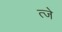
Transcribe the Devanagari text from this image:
त्जे